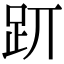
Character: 𧿄